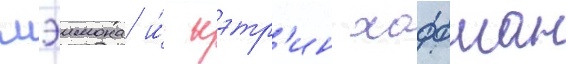
мэимона и́ кэтр'ин хоффман